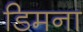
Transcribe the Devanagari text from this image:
डिमना